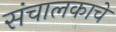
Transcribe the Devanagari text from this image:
संचालकाचे